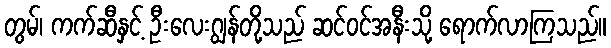
တွမ်၊ ကက်ဆီနှင့် ဦးလေးဂျွန်တို့သည် ဆင်ဝင်အနီးသို့ ရောက်လာကြသည်။